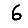
Digit: 6